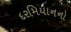
દરમિયાનનો